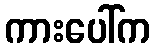
ကားပေါ်က